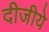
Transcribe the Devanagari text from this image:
दीजीये